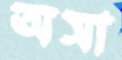
অসা